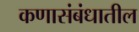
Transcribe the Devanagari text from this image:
कणासंबंधातील